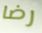
رضا